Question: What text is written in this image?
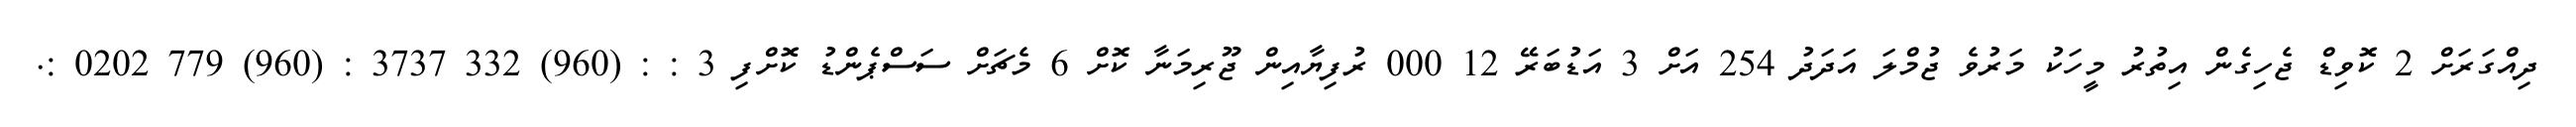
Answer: ދިއްގަރަށް 2 ކޮވިޑް ޖެހިގެން އިތުރު މީހަކު މަރުވެ ޖުމްލަ އަދަދު 254 އަށް 3 އަޑުބަރޭ 12 000 ރުފިޔާއިން ޖޫރިމަނާ ކޮށް 6 މެޗަށް ސަސްޕެންޑު ކޮށްފި 3 : : (960) 332 3737 : (960) 779 0202 :.